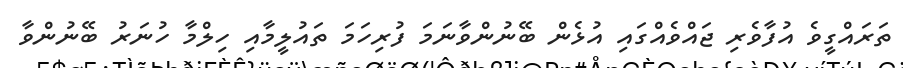
ތަރައްގީވެ އުފާވެރި ޖައްވެއްގައި އުޅެން ބޭނުންވާނަމަ ފުރިހަމަ ތައުލީމާއި ހިލްމާ ހުނަރު ބޭނުންވާ